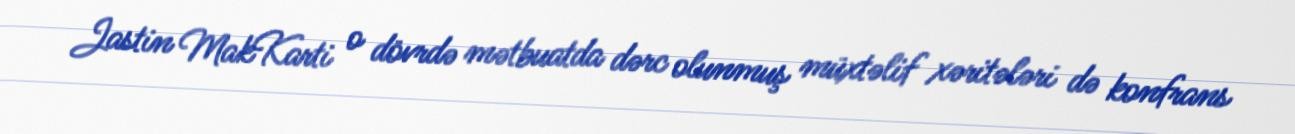
Jastin MakKarti o dövrdə mətbuatda dərc olunmuş müxtəlif xəritələri də konfrans